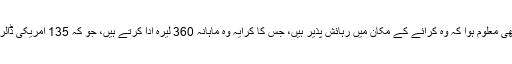
یلدریم کے گھر میں ترک صدر کی آمد کے بعد یہ بھی معلوم ہوا کہ وہ کرائے کے مکان میں رہائش پذیر ہیں، جس کا کرایہ وہ ماہانہ 360 لیرہ ادا کرتے ہیں، جو کہ 135 امریکی ڈالر یا ساڑھے 13 ہزار پاکستانی روپے کے برابر ہے۔